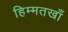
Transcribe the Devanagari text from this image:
हिम्मतखाँ